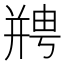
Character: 𫷘